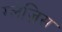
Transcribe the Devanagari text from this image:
ग्लेज़िस